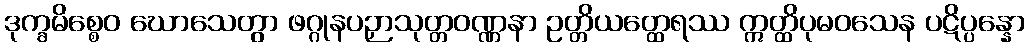
ဒုက္ခမိစ္စေဝ ဃောသေတွာ ဖဂ္ဂုနပဉှာသုတ္တဝဏ္ဏနာ ဥတ္တိယတ္ထေရဿ ဣတ္ထိပုမဝသေန ပဋိပ္ပန္နော